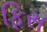
ફિસ